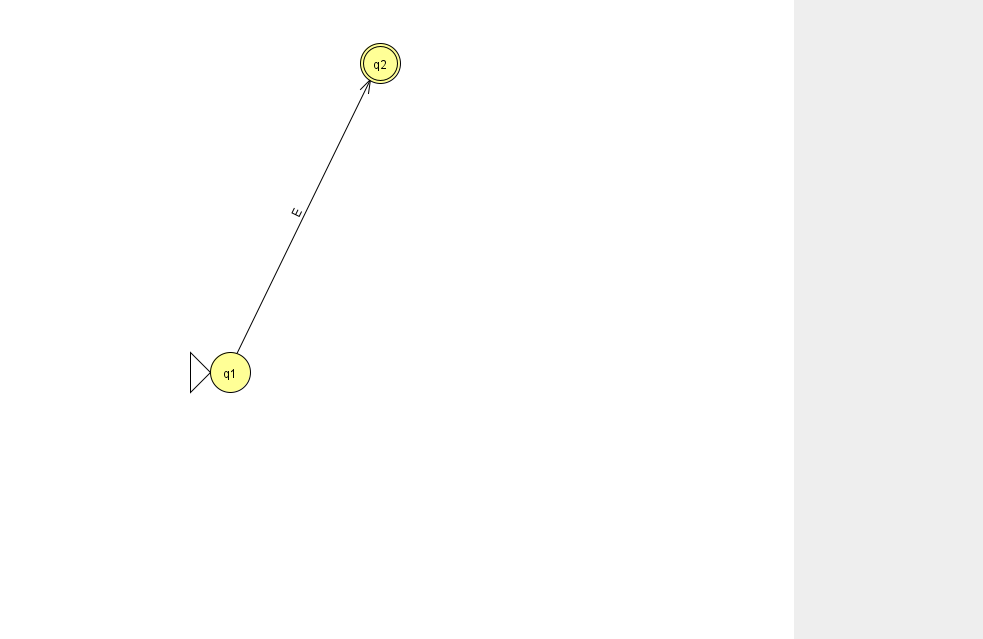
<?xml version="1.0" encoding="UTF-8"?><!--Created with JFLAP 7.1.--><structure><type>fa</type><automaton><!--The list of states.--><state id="1" name="q1"><x>230.0</x><y>359.0</y><initial/></state><state id="2" name="q2"><x>380.0</x><y>50.0</y><final/></state><!--The list of transitions.--><transition><from>1</from><to>2</to><read>E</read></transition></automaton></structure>